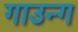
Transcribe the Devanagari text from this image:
गाउन्ग